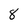
Character: 8